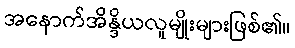
အနောက်အိန္ဒိယလူမျိုးများဖြစ်၏။